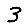
Digit: 3